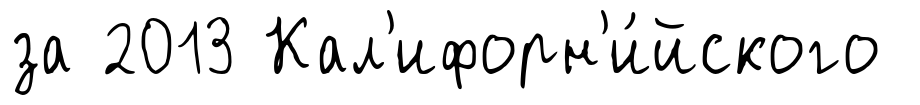
за 2013 Кал'ифорн'и́йского